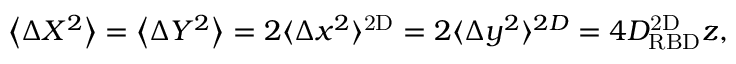
\left\langle \Delta X ^ { 2 } \right\rangle = \left\langle \Delta Y ^ { 2 } \right\rangle = 2 \langle \Delta x ^ { 2 } \rangle ^ { \mathrm { 2 D } } = 2 \langle \Delta y ^ { 2 } \rangle ^ { 2 D } = 4 D _ { \mathrm { R B D } } ^ { \mathrm { 2 D } } z ,